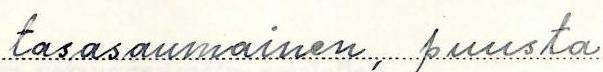
tasasaumainen, puusta